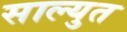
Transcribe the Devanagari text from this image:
साल्युत